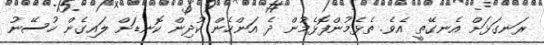
ރަނގަޅަށް އެނގޭތީ އެވެ. ތެޅެމުންފޮޅެމުން ދެ އަންހެން ކުދިން ކޮނޑަށް ލައިގެން ހުސޭނު